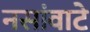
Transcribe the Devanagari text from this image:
नसांवाटे